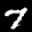
Label: 7